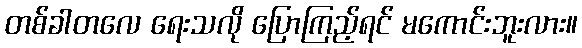
တစ်ခါတလေ ရေးသလို ပြောကြည့်ရင် မကောင်းဘူးလား။